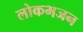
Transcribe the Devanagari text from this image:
लोकभजन